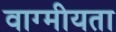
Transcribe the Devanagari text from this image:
वाग्मीयता